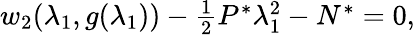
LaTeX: \begin{array}{r}{w_{2}(\lambda_{1},g(\lambda_{1}))-\frac{1}{2}P^{*}\lambda_{1}^{2}-N^{*}=0,}\end{array}